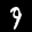
Label: 9